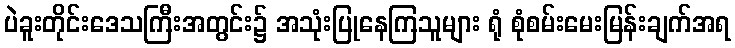
ပဲခူးတိုင်းဒေသကြီးအတွင်း၌ အသုံးပြုနေကြသူများ ရုံ စုံစမ်းမေးမြန်းချက်အရ